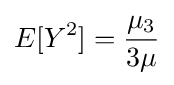
E[Y^{2}]={\frac {\mu _{3}}{3\mu }}